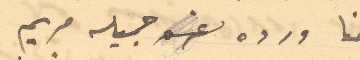
حنا ورده غره جميله مريم